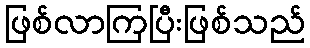
ဖြစ်လာကြပြီးဖြစ်သည်